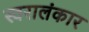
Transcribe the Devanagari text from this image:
स्वरालंकार